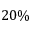
2 0 \%